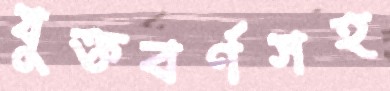
যুক্তবর্ণসহ